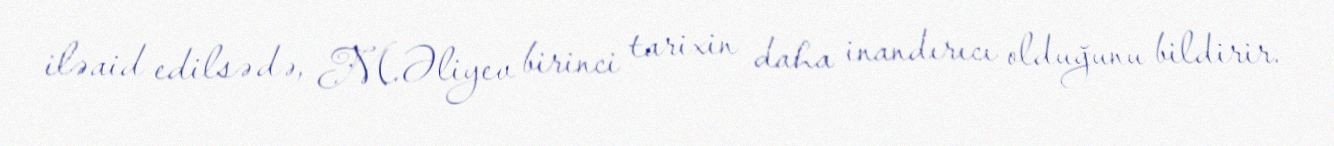
ilə aid edilsə də, M.Əliyev birinci tarixin daha inandırıcı olduğunu bildirir.